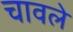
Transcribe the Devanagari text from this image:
चावले